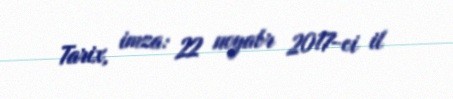
Tarix, imza: 22 noyabr 2017-ci il